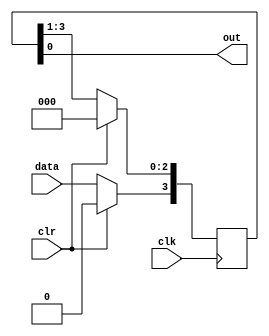
module siso_shift(data,clr,clk,out);
  
  input data,clr,clk;
  output out;
  reg [3:0] q;
  always @(posedge clk)
    if(clr==1)
      begin
        q <= 4'b0000;
      end
    else
      begin
        q <= q>>1;
        q[3] = data;
      end
  assign out = q[0];
  
endmodule